Madras plague regulations in force outside the Presidency town - Volume 3
Disease focus: Plague
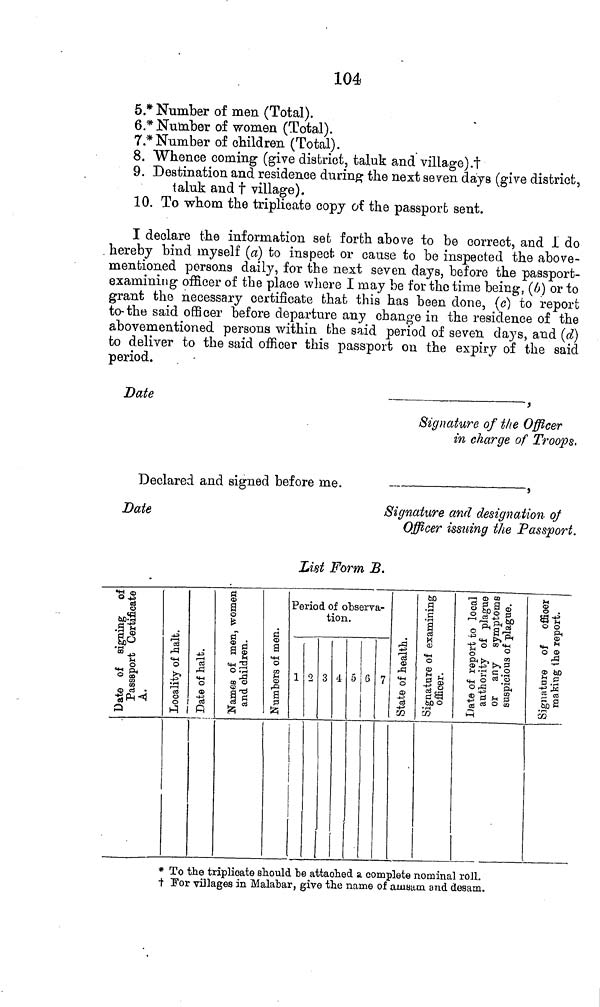
104
5.* Number of men (Total).
6.* Number of women (Total).
7."*Number of children (Total).
8. "Whence coming (give district, taluk and village).!
9. Destination and residence during the next seven days (give district,
taluk and t village).
10. To whom the triplicate copy of the passport sent.
I declare the information set forth above to be correct, and i do
hereby bind myself (a) to inspect or cause to be inspected the above-
mentioned persons daily, for the next seven days, before the passport-
examining officer of the place where I may be for the time being, (b] or to
grant the necessary certificate fchat this has been done, (c] to report
to-the said officer before departure any change in the residence of the
abovementioned persons within the said period of seven days, and (d)
to deliver to the said officer this passport on the expiry of the said
period.
Date
,
Signature of t/ie Officer
in charge of Troops.
Declared and signed before me.
,
Date
Signature and designation of
Officer issuing the Passport,
List Form B.
•g oj°-
s
«§
fï gp
<° *
&
O a,
<D c<3
•
•S*-«
Q
-tJ
'S
r=J
m
O
t
es
§
Kl 1
-û
,£)
SH
O
CD
IS
Q
tí

S
o
ts
í« H O
M
=W "3°;
a
CO O
S-o
9 fí
1"
ú
3
m
O
ai
!-¡
CD
a p
fen
Period of observa-
tion.
1 2 3 4 ó 6 7
1
<B
rC|
«tH
O
CD
4-?
73
60
_g
• l-(
M
CD
O
CU
IS dsa
ftD O
ce
r-1 (D CO
ci ö a .
O En a «E
-S SP-3 1
c^^*
S SH >,-
£ 0 so «H
0
°w^^t^p
í- 1 T 1 C °•
H o «a :§
I I , §
ÎS ni 0 œ
M
i .
le &
•H H
O CD
r2
bO
tí
12
cd
So 3
•M
œ
* To the triplicate should be attached a complete nominal roll,
t l'or villages in Malabar, give the name of amsatn and desam.